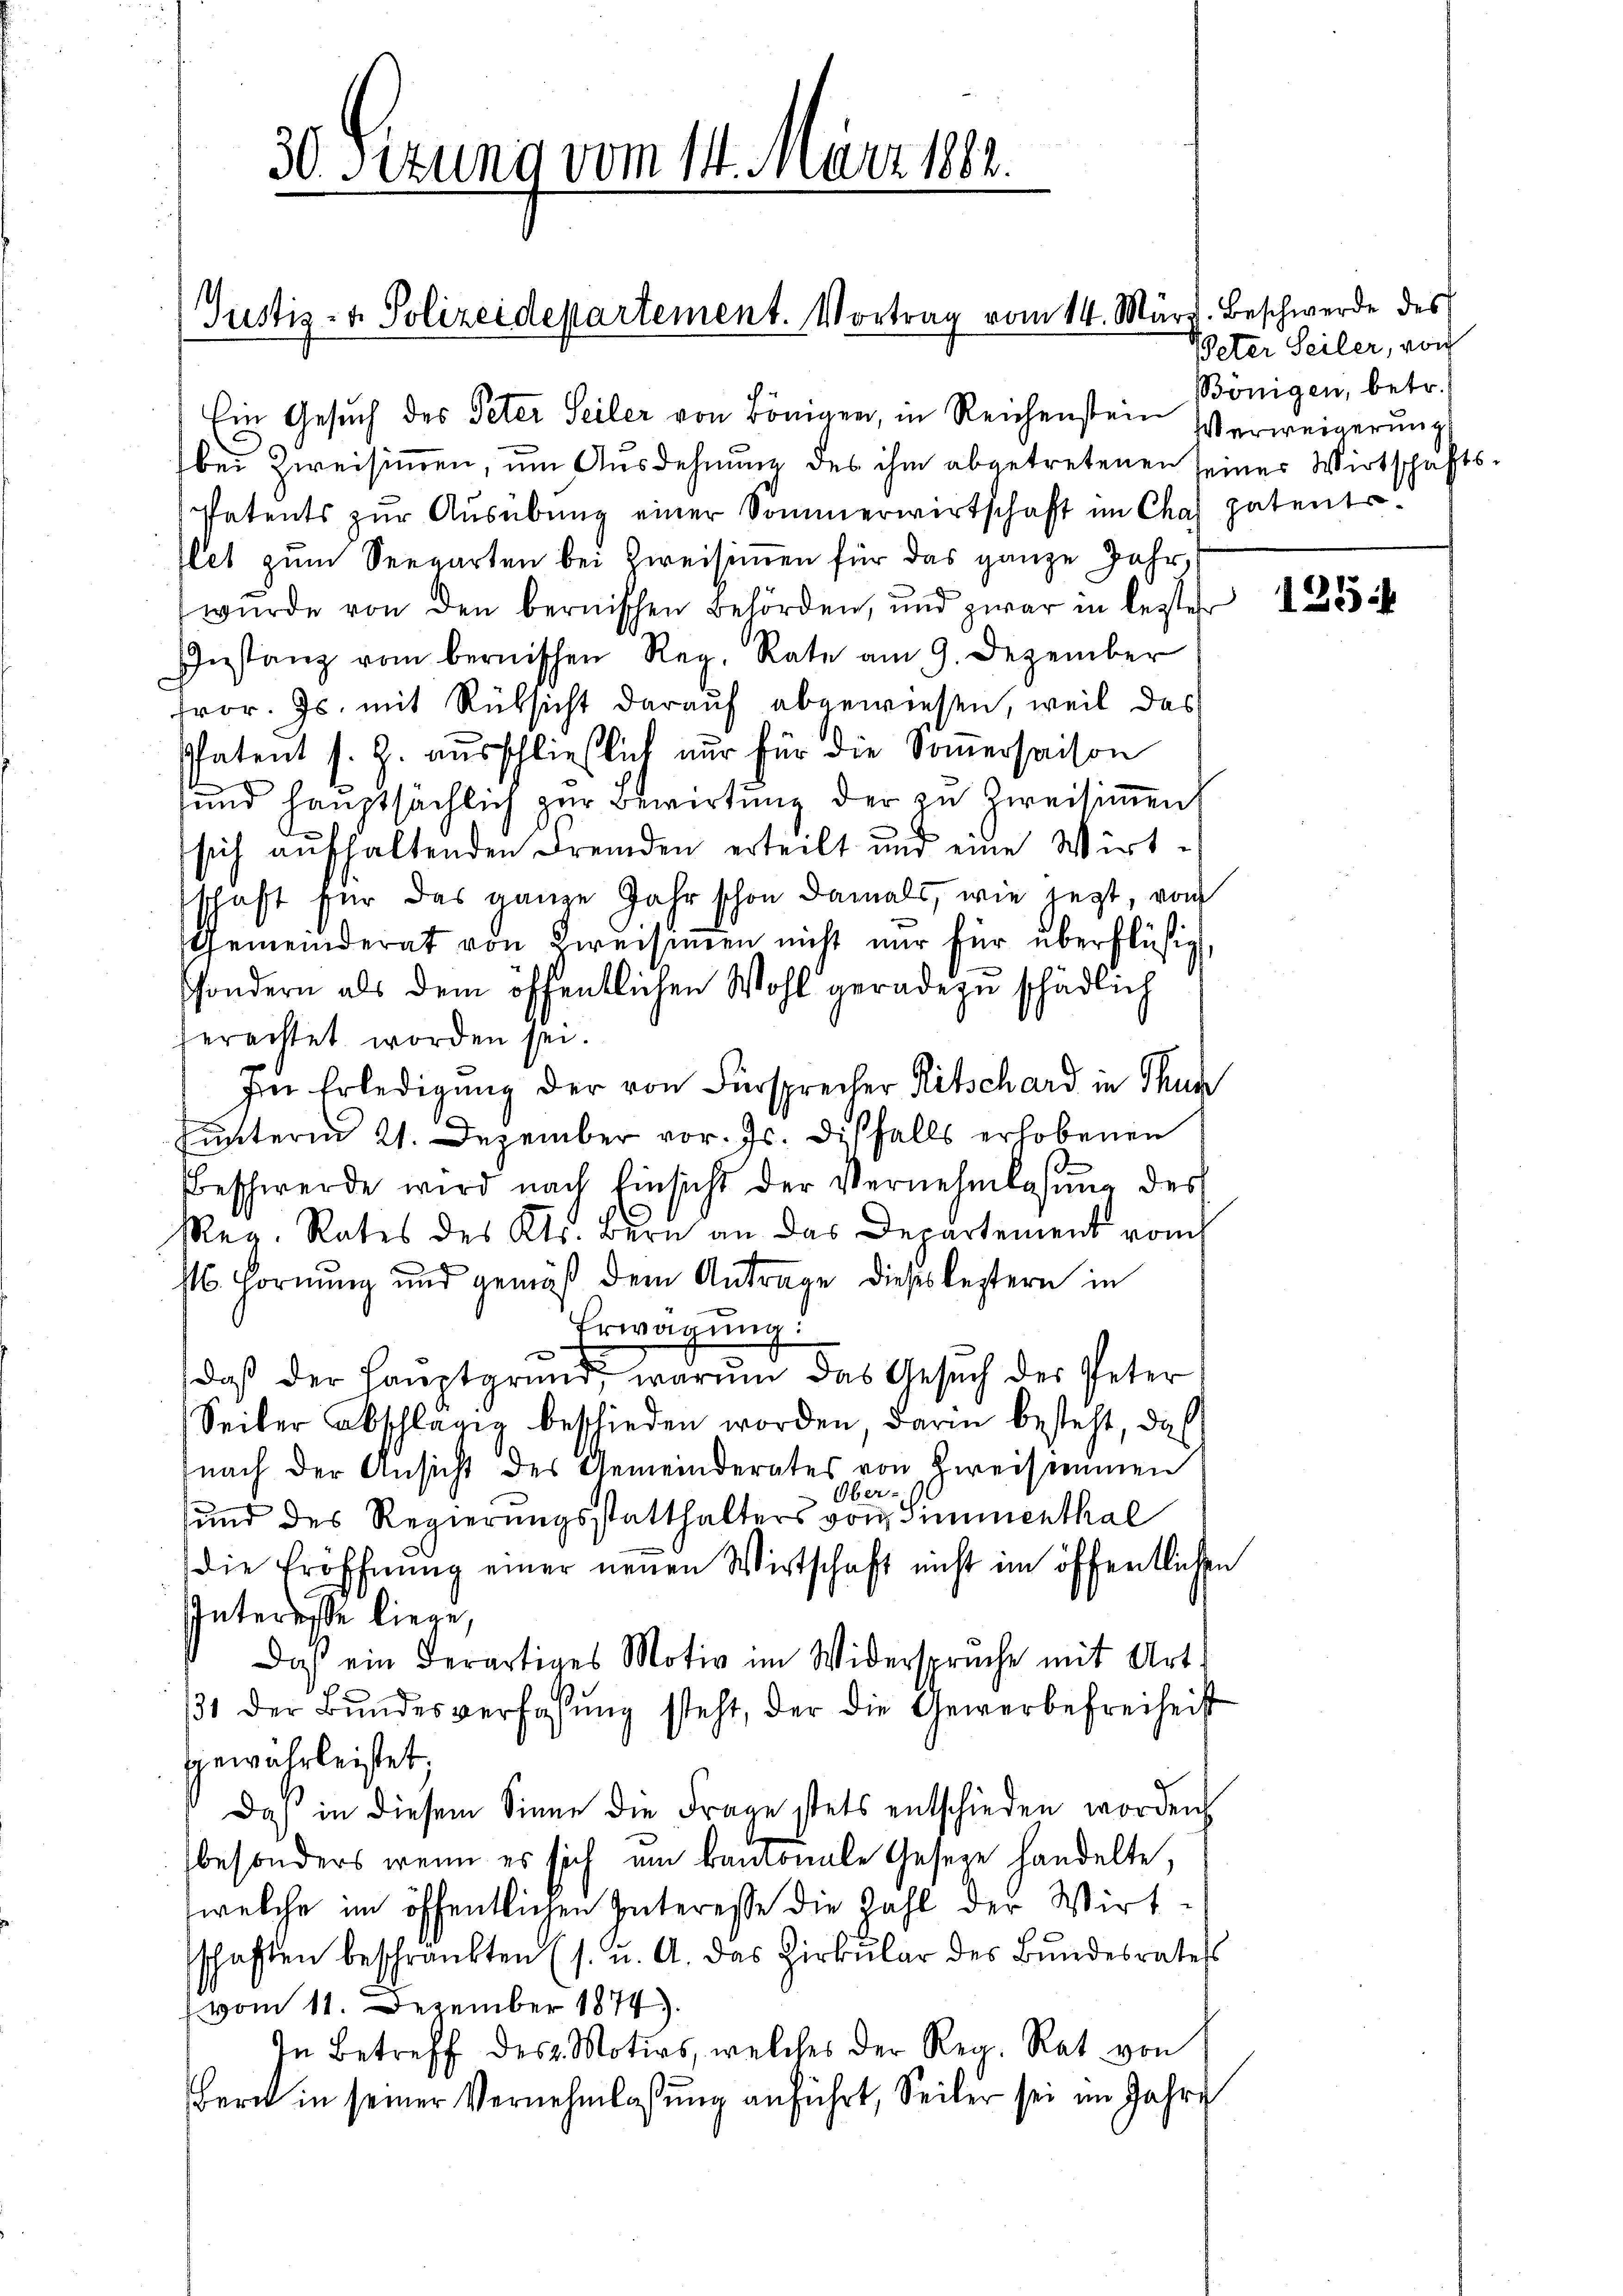
30 Sizung vom 14. März 1882.

Justiz- & Polizeidepartement. Vortrag vom 14. März. Beschwerde des

Veter Seiler, von
Bönigen, betr.

Ein Gesuch des Peter Seiler von Bönigen, in Reichenstein Verweigerŭng
bei Zweisimmen, um Ausdehnung des ihm abgetretenen seiner Wirtschafts-
Patents zŭr Aŭsübŭng einer Sommerwirtschaft im Chas patente
et zŭm Seegarten bei Zweisimmen für das ganze Jahr,
wurde von den bernischen Behörden, und zwar in lezter
Instanz vom bernischen Reg. Rate am 9. Dezember
fror. Js. mit Rüksicht darauf abgewiesen, weil das
Patent s. Z. ausschließlich nur für die Somersaison
sund hauptsächlich zur Bewirkung der zu Zweisimmen
sich aufhaltenden Fremden erteilt und eine Wirt-
schaft für das ganze Jahr schon damals, wie jetzt, von
Gemeinderat von Zweisinen nicht nur für überflüßig
sondern als dem öffentlichen Wohl geradezu schädlich
ferachtet worden sei.
In Erledigung der von Fürsprecher Ritschard in Thur
hunterm 21. Dezember vor. Js. diesfalls erhobenen
Beschwerde wird nach Einsicht der Vernehmlasung des
Reg. Rates des Kts. Bern an das Departement vom
st. Hornung und gemäß dem Antrage dieses leztern in
Erwägung:
daß der Hauptgrund, warum das Gesŭch der Peter
Seiter abschlägig beschieden worden, darin besteht, daß
nach der Ansicht des Gemeinderates von Zweisammen
Ober-
und des Regierungsstatthalters von Simmenthal
die Eröffnung einer neuen Wirtschaft nicht im öffentlichen
Interesse liege,
Daß ein derartiges Motiv im Widerspruche mit Art.
131 der Bŭndesverfassŭng steht, der die Gewerbefreiheit
gewährleistet,
Daß in diesem Sinne die Frage stets entschieden worden.
besonders wenn es sich um kantonale Geseze handelte,
welche im öffentlichen Interesse die Zahl der Wirt-
schaften beschränkten (s. u. A. das Zirkŭlar des Bundesrates
vom 11. Dezember 1874).
In Betreff des Motivs, welches der Reg. Rat von
Barck in seiner Vernehmlassung anführt, Seiler sei im Jahre

125